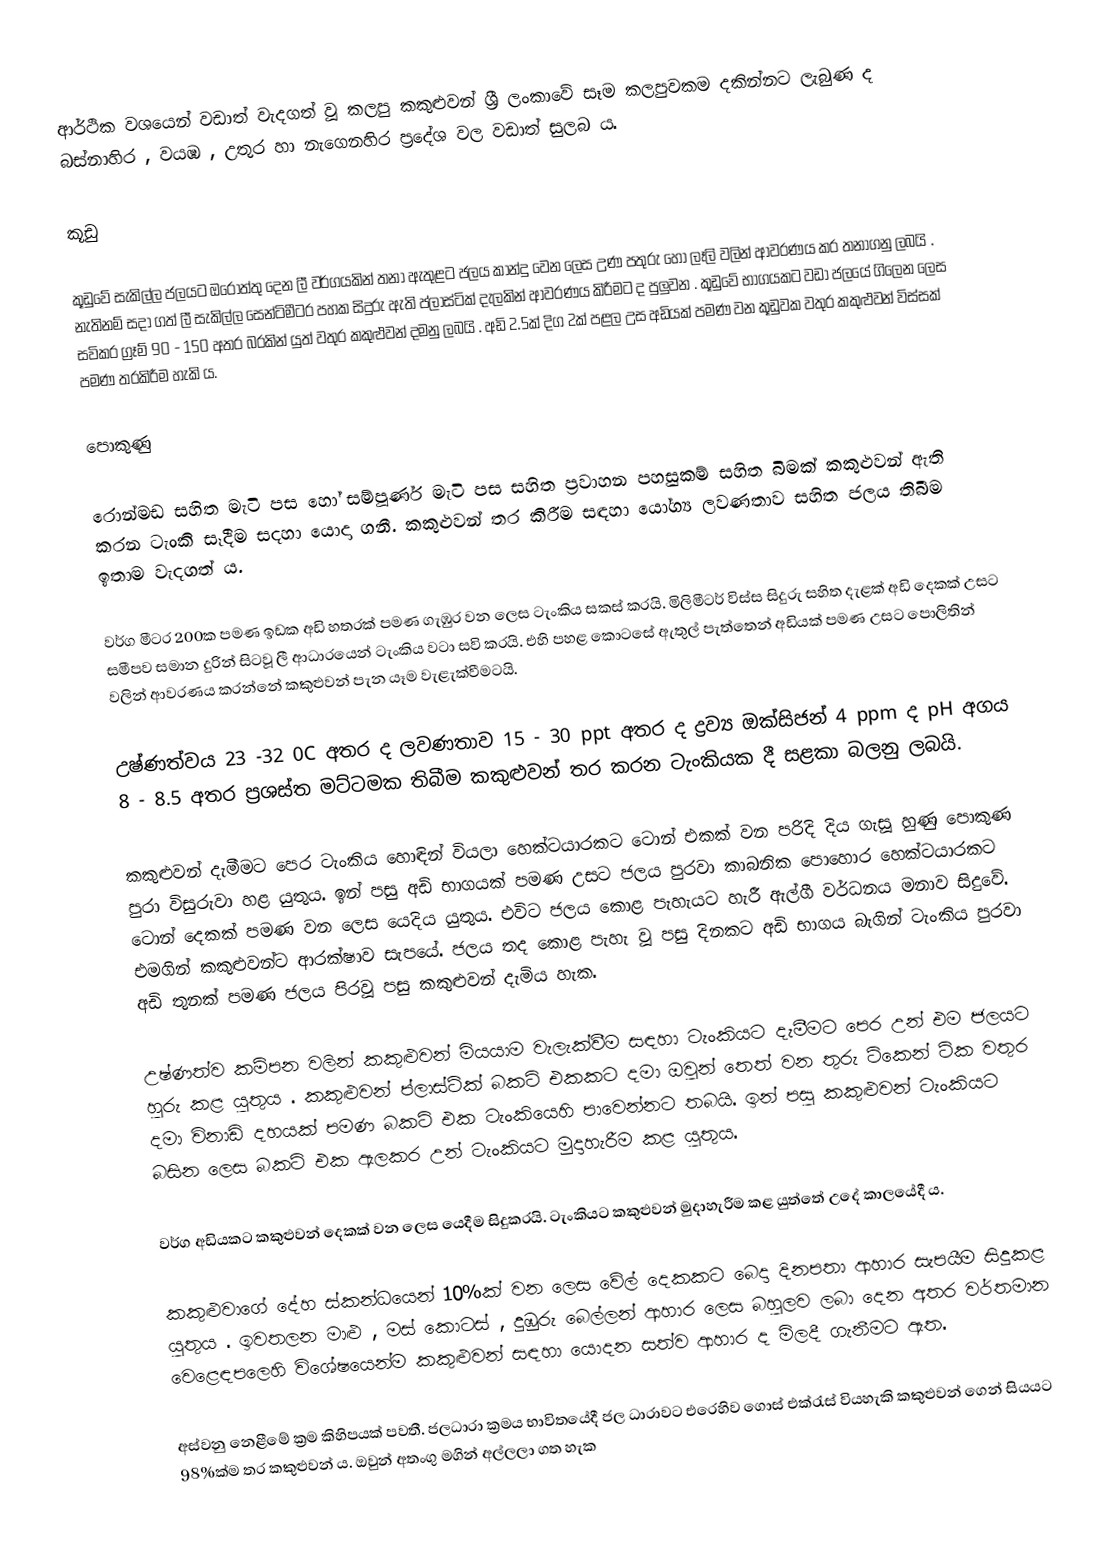
ආර්ථික වශයෙන් වඩාත් වැදගත් වූ කලපු කකුළුවන් ශ්‍රී ලංකාවේ සෑම කලපුවකම දකින්නට ලැබුණ ද බස්නාහිර , වයඹ , උතුර හා නැගෙනහිර ප්‍රදේශ වල වඩාත් සුලබ ය.

කූඩු

කූඩුවේ සැකිල්ල ජලයට ඔරොත්තු දෙන ලී වර්ගයකින් තනා ඇතුළට ජලය කාන්දු වෙන ලෙස උණ පතුරු හෝ ලෑලි වලින් ආවරණය කර තනාගනු ලබයි . නැතිනම් සදා ගත් ලී සැකිල්ල සෙන්ටිමීටර පහක සිදුරු ඇති ප්ලාස්ටික් දැලකින් ආවරණය කිරීමට ද පුලුවන . කූඩුවේ භාගයකට වඩා ජලයේ ගිලෙන ලෙස සවිකර ග්‍රෑම් 90 - 150 අතර බරකින් යුත් වතුර කකුළුවන් දමනු ලබයි . අඩි 2.5ක් දිග 2ක් පළල උස අඩියක් පමණ වන කූඩුවක වතුර කකුළුවන් විස්සක් පමණ තරකිරීම හැකි ය.

පොකුණු

රොන්මඩ සහිත මැටි පස හෝ සම්පූර්ණ මැටි පස සහිත ප්‍රවාහන පහසුකම් සහිත බිමක් කකුළුවන් ඇති කරන ටැංකි සෑදීම සදහා යොදා ගනී. කකුළුවන් තර කිරීම සඳහා යෝග්‍ය ලවණතාව සහිත ජලය තිබීම ඉතාම වැදගත් ය.

වර්ග මීටර 200ක පමණ ඉඩක අඩි හතරක් පමණ ගැඹුර වන ලෙස ටැංකිය සකස් කරයි. මිලිමීටර් විස්ස සිදුරු සහිත දැළක් අඩි දෙකක් උසට සමීපව සමාන දුරින් සිටවූ ලී ආධාරයෙන් ටැංකිය වටා සවි කරයි. එහි පහළ කොටසේ ඇතුල් පැත්තෙන් අඩියක් පමණ උසට පොලිතින් වලින් ආවරණය කරන්නේ කකුළුවන් පැන යෑම වැළැක්වීමටයි.

උෂ්ණත්වය 23 -32 0C අතර ද ලවණතාව 15 - 30 ppt අතර ද ද්‍රව්‍ය ඔක්සිජන් 4 ppm ද pH අගය 8 - 8.5 අතර ප්‍රශස්ත මට්ටමක තිබීම කකුළුවන් තර කරන ටැංකියක දී සළකා බලනු ලබයි.

කකුළුවන් දැමීමට පෙර ටැංකිය හොඳින් වියලා හෙක්ටයාරකට ටොන් එකක් වන පරිදි දිය ගැසූ හුණු පොකුණ පුරා විසුරුවා හළ යුතුය. ඉන් පසු අඩි භාගයක් පමණ උසට ජලය පුරවා කාබනික පොහොර හෙක්ටයාරකට ටොන් දෙකක් පමණ වන ලෙස යෙදිය යුතුය. එවිට ජලය කොළ පැහැයට හැරී ඇල්ගී වර්ධනය මනාව සිදුවේ. එමගින් කකුළුවන්ට ආරක්ෂාව සැපයේ. ජලය තද කොළ පැහැ වූ පසු දිනකට අඩි භාගය බැගින් ටැංකිය පුරවා අඩි තුනක් පමණ ජලය පිරවූ පසු කකුළුවන් දැමිය හැක.

උෂ්ණත්ව කම්පන වලින් කකුළුවන් මියයාම වැලැක්වීම සඳහා ටැංකියට දැමීමට පෙර උන් එම ජලයට හුරු කළ යුතුය . කකුළුවන් ප්ලාස්ටික් බකට් එකකට දමා ඔවුන් තෙත් වන තුරු ටිකෙන් ටික වතුර දමා විනාඩි දහයක් පමණ බකට් එක ටැංකියෙහි පාවෙන්නට තබයි. ඉන් පසු කකුළුවන් ටැංකියට බසින ලෙස බකට් එක ඇලකර උන් ටැංකියට මුදාහැරීම කළ යුතුය.

වර්ග අඩියක⁣ට කකුළුවන් දෙකක් වන ලෙස යෙදීම සිදුකරයි. ටැංකියට කකුළුවන් මුදාහැරීම කළ යුත්තේ උදේ කාලයේදී ය.

කකුළුවාගේ දේහ ස්කන්ධයෙන් 10%ක් වන ලෙස වේල් දෙකකට බෙදා දිනපතා ආහාර සැපයීම සිදුකළ යුතුය . ඉවතලන මාළු , මස් කොටස් , දුඹුරු බෙල්ලන් ආහාර ලෙස බහුලව ලබා දෙන අතර වර්තමාන වෙළෙඳපලෙහි විශේෂයෙන්ම කකුළුවන් සඳහා යොදන සත්ව ආහාර ද මිලදී ගැනීමට ඇත.

අස්වනු නෙළීමේ ක්‍රම කිහිපයක් පවතී.  ජලධාරා ක්‍රමය භාවිතයේදී ජල ධාරාවට එරෙහිව ගොස් එක්රැස් වියහැකි කකුළුවන් ගෙන් සියයට 98%ක්ම තර කකුළුවන් ය. ඔවුන් අතංගු මගින් අල්ලලා ගත හැක